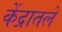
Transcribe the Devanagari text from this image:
केंद्रातले